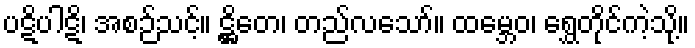
ပဋိပါဋိ၊ အစဉ်သင့်။ ဋ္ဌိတေ၊ တည်လသော်။ ထမ္ဘေဝ၊ ရွှေတိုင်ကဲ့သို့။